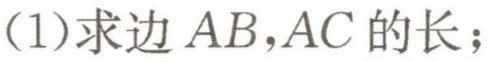
(1)求边 \(AB,AC\) 的长；